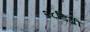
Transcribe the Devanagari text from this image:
२८डिग्री